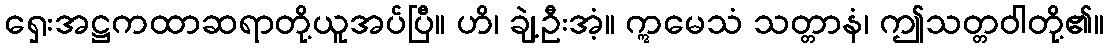
ရှေးအဋ္ဌကထာဆရာတို့ယူအပ်ပြီ။ ဟိ၊ ချဲ့ဦးအံ့။ ဣမေသံ သတ္တာနံ၊ ဤသတ္တဝါတို့၏။